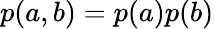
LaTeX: p(a,b)=p(a)p(b)